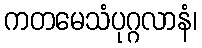
ကတမေသံပုဂ္ဂလာနံ၊